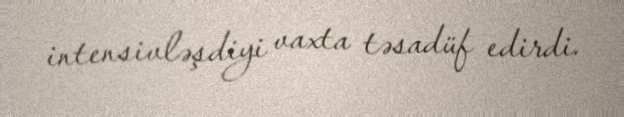
intensivləşdiyi vaxta təsadüf edirdi.